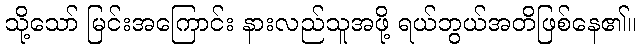
သို့သော် မြင်းအကြောင်း နားလည်သူအဖို့ ရယ်ဘွယ်အတိဖြစ်နေ၏။